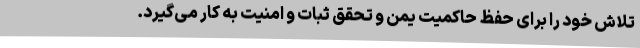
تلاش خود را برای حفظ حاکمیت یمن و تحقق ثبات و امنیت به کار می‌گیرد.